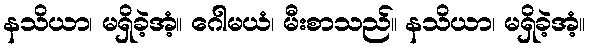
နသိယာ၊ မရှိခဲ့အံ့။ ဂေါမယံ၊ မီးစာသည်။ နသိယာ၊ မရှိခဲ့အံ့။